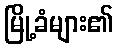
မြို့ခံများ၏